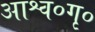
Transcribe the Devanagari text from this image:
आश्व०गृ०